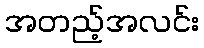
အတည့်အလင်း